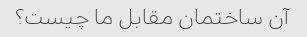
آن ساختمان مقابل ما چیست؟